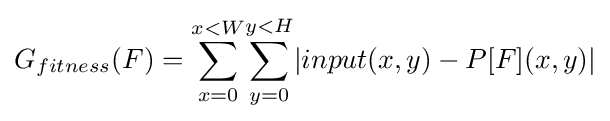
G_{fitness}(F)={\overset {x<W}{\underset {x=0}{\sum }}}{\overset {y<H}{\underset {y=0}{\sum }}}|input(x,y)-P[F](x,y)|